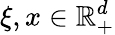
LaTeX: \xi,x\in\mathbb{R}_{+}^{d}